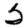
Digit: 5